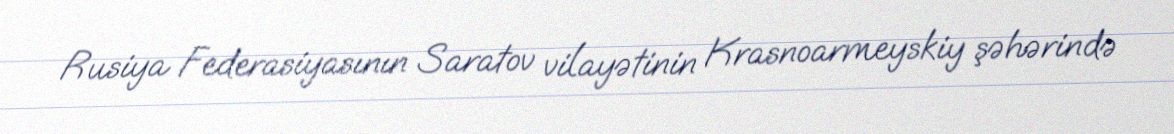
Rusiya Federasiyasının Saratov vilayətinin Krasnoarmeyskiy şəhərində